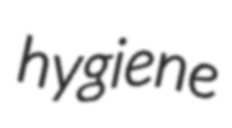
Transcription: hygiene